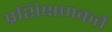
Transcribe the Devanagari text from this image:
प्रशिक्षणकर्ते